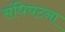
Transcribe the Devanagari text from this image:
संधिघटना